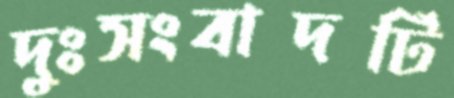
দুঃসংবাদটি